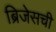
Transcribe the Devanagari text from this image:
ब्रिजेसची